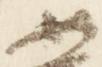
如